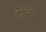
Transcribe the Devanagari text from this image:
होतिउँ